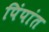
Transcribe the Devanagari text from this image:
पिंपांत